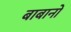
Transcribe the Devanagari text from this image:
बाबानो